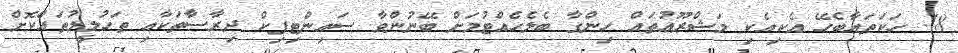
18. ހަކަތައާބެހޭ އެކިއެކި މަޝްރޫޢުތައް ހިންގާ ބެލެހެއްޓުމަށް ބޭނުންވާ ސައިންޓިފިކް ދިރާސާތަކާއި ތަހުލީލުތައްކޮށް